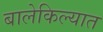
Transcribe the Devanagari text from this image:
बालेकिल्यात